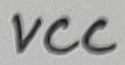
Text: VCC